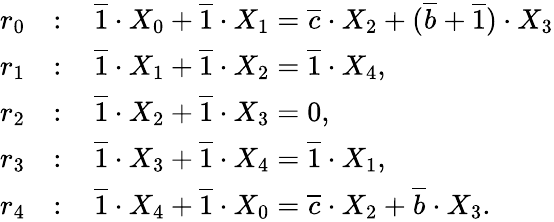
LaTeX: \begin{array}{rl}{r_{0}}&{\colon\quad\overline{1}\cdot X_{0}+\overline{1}\cdot X_{1}=\overline{c}\cdot X_{2}+(\overline{b}+\overline{1})\cdot X_{3}}\\ {r_{1}}&{\colon\quad\overline{1}\cdot X_{1}+\overline{1}\cdot X_{2}=\overline{1}\cdot X_{4},}\\ {r_{2}}&{\colon\quad\overline{1}\cdot X_{2}+\overline{1}\cdot X_{3}=0,}\\ {r_{3}}&{\colon\quad\overline{1}\cdot X_{3}+\overline{1}\cdot X_{4}=\overline{1}\cdot X_{1},}\\ {r_{4}}&{\colon\quad\overline{1}\cdot X_{4}+\overline{1}\cdot X_{0}=\overline{c}\cdot X_{2}+\overline{b}\cdot X_{3}.}\end{array}